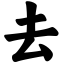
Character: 去